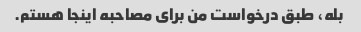
بله، طبق درخواست من برای مصاحبه اینجا هستم.